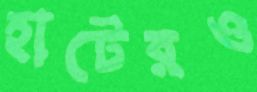
হাটেরও